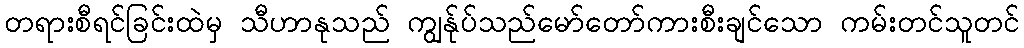
တရားစီရင်ခြင်းထဲမှ သီဟာနုသည် ကျွန်ုပ်သည်မော်တော်ကားစီးချင်သော ကမ်းတင်သူတင်